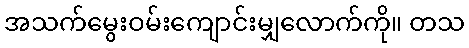
အသက်မွေးဝမ်းကျောင်းမျှလောက်ကို။ တသ